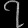
Digit: ၇